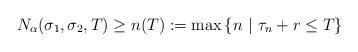
LaTeX: \begin{align*}N_\alpha(\sigma_1,\sigma_2,T)\geq n(T):=\max \left\{n ~\middle|~ \tau_n+r \leq T \right\} \end{align*}